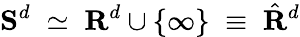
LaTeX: {\mathbf S}^{d}\; \simeq\; {\mathbf R}^{d}\cup\{ \infty\} \; \equiv\; \hat{{\mathbf R}}^{d}